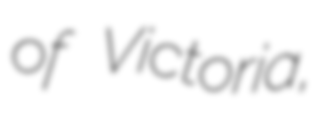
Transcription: of Victoria,